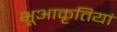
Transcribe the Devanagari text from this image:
भूआकृतियां